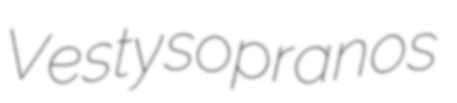
Vesty sopranos